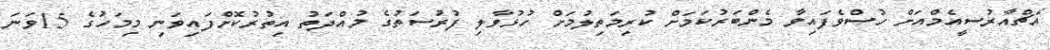
އެޗްއާރުސީއެމްއަށް ހުސްވެފައިވާ މެންބަރުކަމަށް ކުރިމަތިލުމަށް ހުޅުވާލި ފުރުސަތުގެ މުއްދަތު އިތުރުކޮށްފައިވަނި މިމަހުގެ 15ވަނަ